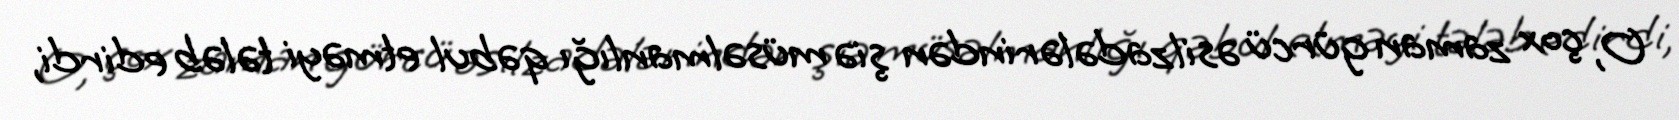
O, çox zaman gürcü əsilzadələrindən şiə müsəlmanlığı qəbul etməyi tələb edirdi,